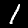
Label: 1